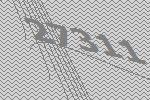
27311